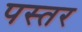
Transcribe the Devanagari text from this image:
पस्तर